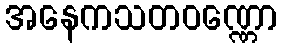
အနေကသတဝဏ္ဏော